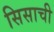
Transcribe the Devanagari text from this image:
सिसाची